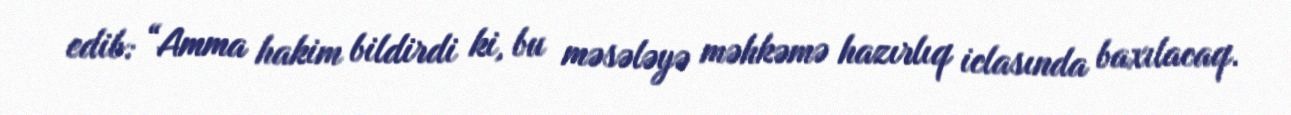
edib: “Amma hakim bildirdi ki, bu məsələyə məhkəmə hazırlıq iclasında baxılacaq.